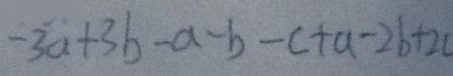
- 3 a + 3 b - a - b - c + a - 2 b + 2 c